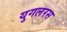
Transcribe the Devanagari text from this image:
युगलरस